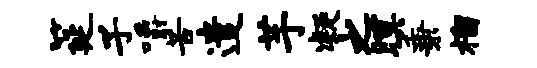
筵子嚼苦遣芋凝之暝秉榴